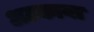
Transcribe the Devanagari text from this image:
अटकाया